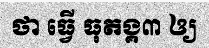
ថា ធ្វើ ធុតង្គ៣ ឲ្យ